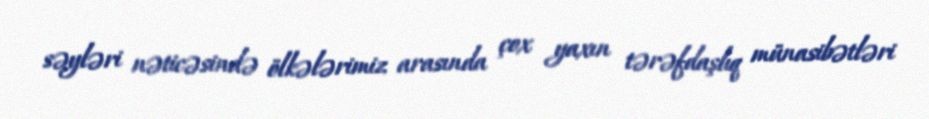
səyləri nəticəsində ölkələrimiz arasında çox yaxın tərəfdaşlıq münasibətləri